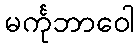
မင်္ကုဘာဝေါ